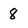
Character: 8